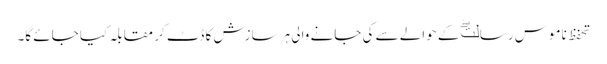
تحفظ ناموس رسالتۖ کے حوالے سے کی جانے والی ہر سازش کا ڈٹ کر مقابلہ کیا جائے گا۔